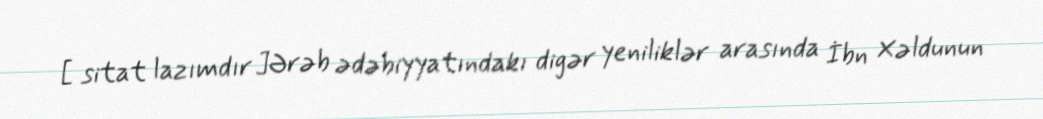
[ sitat lazımdır ]Ərəb ədəbiyyatındakı digər yeniliklər arasında İbn Xəldunun